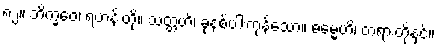
၈၂။ ဘိက္ခဝေ၊ ရဟန်းတို့။ သတ္တဟိ၊ ခုနစ်ပါးကုန်သော။ ဓမ္မေဟိ၊ တရားတို့နှင့်။